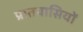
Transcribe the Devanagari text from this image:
प्रातवासियों